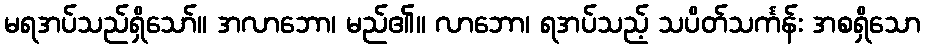
မရအပ်သည်ရှိသော်။ အလာဘော၊ မည်၏။ လာဘော၊ ရအပ်သည့် သပိတ်သင်္ကန်း အစရှိသော